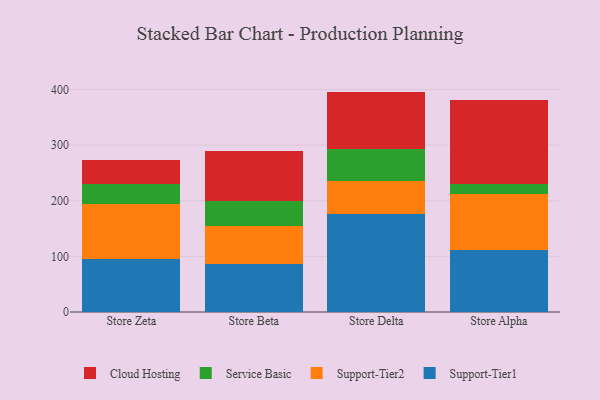
{"axis": {"x": "Store", "y": "Market Share (%)"}, "legend": ["Cloud Hosting", "Service Basic", "Support-Tier1", "Support-Tier2"], "data": [{"x": "Store Zeta", "y": 96.0, "type": "Support-Tier1"}, {"x": "Store Zeta", "y": 97.5, "type": "Support-Tier2"}, {"x": "Store Zeta", "y": 37.2, "type": "Service Basic"}, {"x": "Store Zeta", "y": 42.8, "type": "Cloud Hosting"}, {"x": "Store Beta", "y": 86.0, "type": "Support-Tier1"}, {"x": "Store Beta", "y": 69.1, "type": "Support-Tier2"}, {"x": "Store Beta", "y": 45.2, "type": "Service Basic"}, {"x": "Store Beta", "y": 88.7, "type": "Cloud Hosting"}, {"x": "Store Delta", "y": 176.8, "type": "Support-Tier1"}, {"x": "Store Delta", "y": 58.2, "type": "Support-Tier2"}, {"x": "Store Delta", "y": 58.0, "type": "Service Basic"}, {"x": "Store Delta", "y": 103.3, "type": "Cloud Hosting"}, {"x": "Store Alpha", "y": 112.1, "type": "Support-Tier1"}, {"x": "Store Alpha", "y": 99.8, "type": "Support-Tier2"}, {"x": "Store Alpha", "y": 18.9, "type": "Service Basic"}, {"x": "Store Alpha", "y": 151.1, "type": "Cloud Hosting"}]}